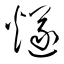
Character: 燧